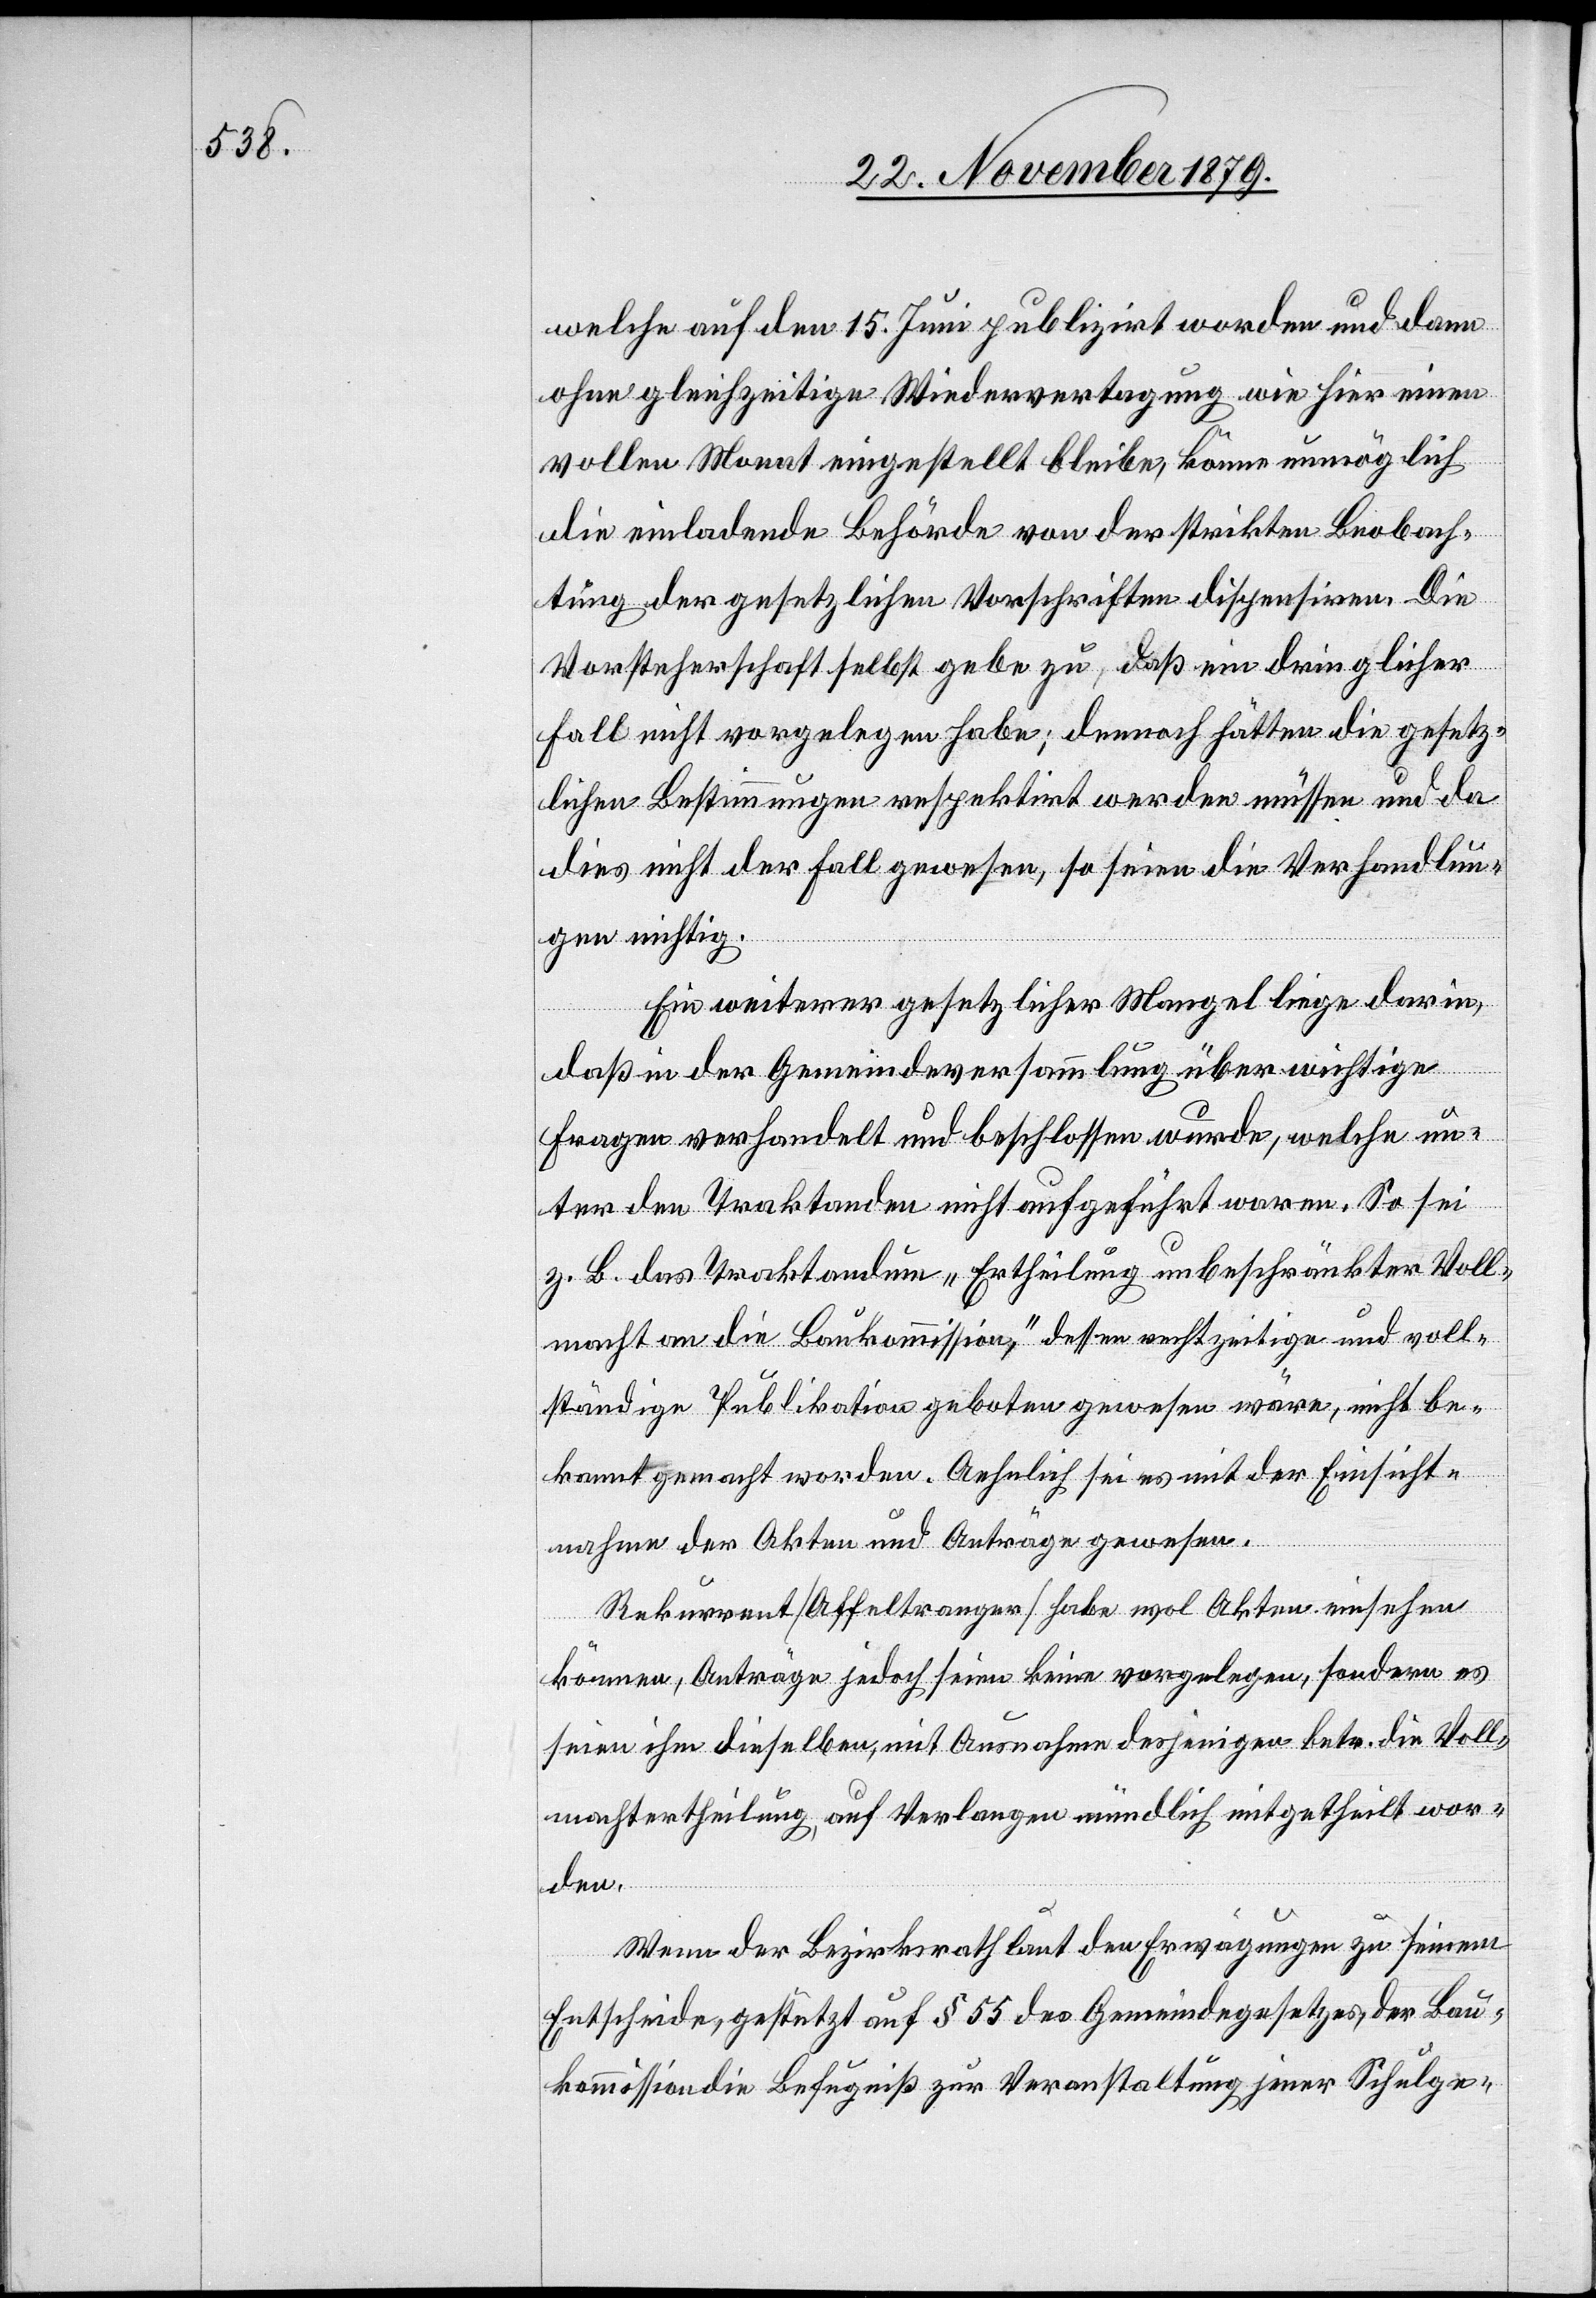
welche auf den 15. Juni publizirt worden und dann
ohne gleichzeitige Wiedervertagung wie hier einen
vollen Monat eingestellt bleibe, könne unmöglich
die einladende Behörde von der strikten Beobach¬
tung der gesetzlichen Vorschriften dispensiren. Die
Vorsteherschaft selbst gebe zu, daß ein dringlicher
Fall nicht vorgelegen habe; dennoch hätten die gesetz¬
lichen Bestimmungen respektirt werden müssen und da
dies nicht der Fall gewesen, so seien die Verhandlun¬
gen nichtig.
Ein weiterer gesetzlicher Mangel liege darin,
daß in der Gemeindeversammlung über wichtige
Fragen verhandelt und beschlossen wurde, welche un¬
ter den Traktanden nicht aufgeführt waren. So sei
z. B. das Traktandum „Ertheilung unbeschränkter Voll¬
macht an die Baukommission“, dessen rechtzeitige und voll¬
ständige Publikation geboten gewesen wäre, nicht be¬
kannt gemacht worden. Aehnlich sei es mit der Einsicht¬
nahme der Akten und Anträge gewesen.
Rekurrent [Affeltranger] habe wol Akten einsehen
können, Anträge jedoch seien keine vorgelegen, sondern es
seien ihm dieselben, mit Ausnahme desjenigen betr. die Voll¬
machtertheilung, auf Verlangen mündlich mitgetheilt wor¬
den.
Wenn der Bezirksrath laut den Erwägungen zu seinem
Entscheide, gestützt auf § 55 des Gemeindegesetzes, der Bau¬
kommission die Befugniß zur Veranstaltung jener Schulge-